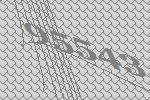
95543